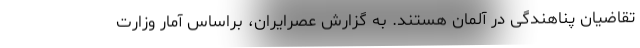
تقاضیان پناهندگی در آلمان هستند. به گزارش عصرایران، براساس آمار وزارت